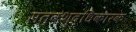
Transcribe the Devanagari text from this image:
सत्वशुद्धिकारक